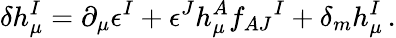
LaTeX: \delta h_{\mu}^{I}=\partial_{\mu}\epsilon^{I}+\epsilon^{J}h_{\mu}^{A}f_{AJ}{}^{I}+\delta_{m}h_{\mu}^{I}\, .